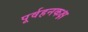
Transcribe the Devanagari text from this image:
पूर्वहनकक्ष